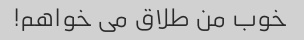
خوب من طلاق می خواهم!